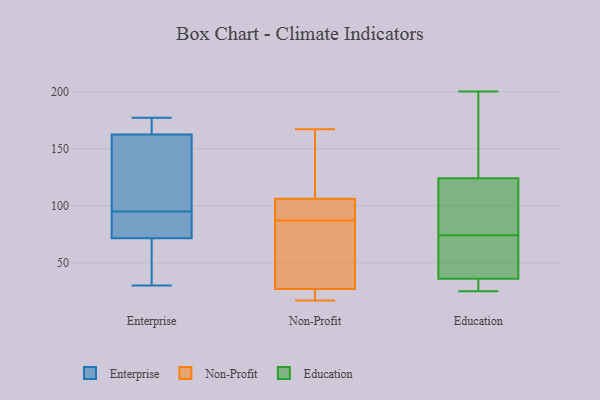
{"axis": {"x": "Waste Production (Tons)", "y": "Value"}, "legend": ["Education", "Enterprise", "Non-Profit"], "data": [{"x": "", "y": 177, "type": "Enterprise"}, {"x": "", "y": 158, "type": "Enterprise"}, {"x": "", "y": 156, "type": "Enterprise"}, {"x": "", "y": 167, "type": "Enterprise"}, {"x": "", "y": 30, "type": "Enterprise"}, {"x": "", "y": 55, "type": "Enterprise"}, {"x": "", "y": 75, "type": "Enterprise"}, {"x": "", "y": 85, "type": "Enterprise"}, {"x": "", "y": 175, "type": "Enterprise"}, {"x": "", "y": 68, "type": "Enterprise"}, {"x": "", "y": 81, "type": "Enterprise"}, {"x": "", "y": 105, "type": "Enterprise"}, {"x": "", "y": 78, "type": "Non-Profit"}, {"x": "", "y": 102, "type": "Non-Profit"}, {"x": "", "y": 22, "type": "Non-Profit"}, {"x": "", "y": 17, "type": "Non-Profit"}, {"x": "", "y": 18, "type": "Non-Profit"}, {"x": "", "y": 114, "type": "Non-Profit"}, {"x": "", "y": 110, "type": "Non-Profit"}, {"x": "", "y": 78, "type": "Non-Profit"}, {"x": "", "y": 96, "type": "Non-Profit"}, {"x": "", "y": 102, "type": "Non-Profit"}, {"x": "", "y": 167, "type": "Non-Profit"}, {"x": "", "y": 32, "type": "Non-Profit"}, {"x": "", "y": 117, "type": "Education"}, {"x": "", "y": 131, "type": "Education"}, {"x": "", "y": 25, "type": "Education"}, {"x": "", "y": 38, "type": "Education"}, {"x": "", "y": 53, "type": "Education"}, {"x": "", "y": 164, "type": "Education"}, {"x": "", "y": 115, "type": "Education"}, {"x": "", "y": 188, "type": "Education"}, {"x": "", "y": 38, "type": "Education"}, {"x": "", "y": 106, "type": "Education"}, {"x": "", "y": 93, "type": "Education"}, {"x": "", "y": 104, "type": "Education"}, {"x": "", "y": 200, "type": "Education"}, {"x": "", "y": 31, "type": "Education"}, {"x": "", "y": 181, "type": "Education"}, {"x": "", "y": 50, "type": "Education"}, {"x": "", "y": 31, "type": "Education"}, {"x": "", "y": 34, "type": "Education"}, {"x": "", "y": 33, "type": "Education"}, {"x": "", "y": 55, "type": "Education"}]}